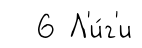
6 Л'и́г'и